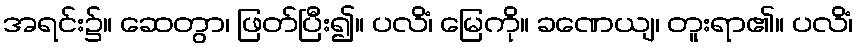
အရင်း၌။ ဆေတွာ၊ ဖြတ်ပြီး၍။ ပလိံ၊ မြေကို။ ခဏေယျ၊ တူးရာ၏။ ပလိံ၊